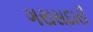
ગરાસદારી